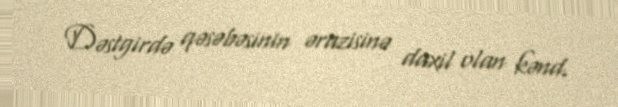
Dəstgirdə qəsəbəsinin ərazisinə daxil olan kənd.